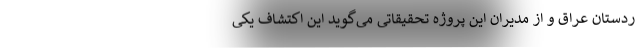
ردستان عراق و از مدیران این پروژه تحقیقاتی می‌گوید این اکتشاف یکی